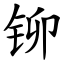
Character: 铆